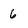
Character: 6